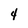
Character: 4